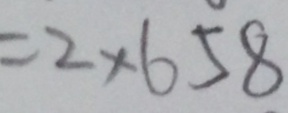
= 2 \times 6 5 8